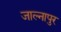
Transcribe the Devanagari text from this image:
जाल्नापुर